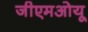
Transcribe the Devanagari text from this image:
जीएमओयू